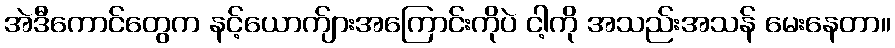
အဲဒီကောင်တွေက နင့်ယောက်ျားအကြောင်းကိုပဲ ငါ့ကို အသည်းအသန် မေးနေတာ။